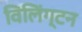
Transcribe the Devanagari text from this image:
विलिंग्टन